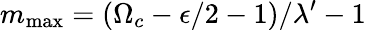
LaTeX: m_{\mathrm{max}}=(\Omega_{c}-\epsilon/2-1)/\lambda^{\prime}-1